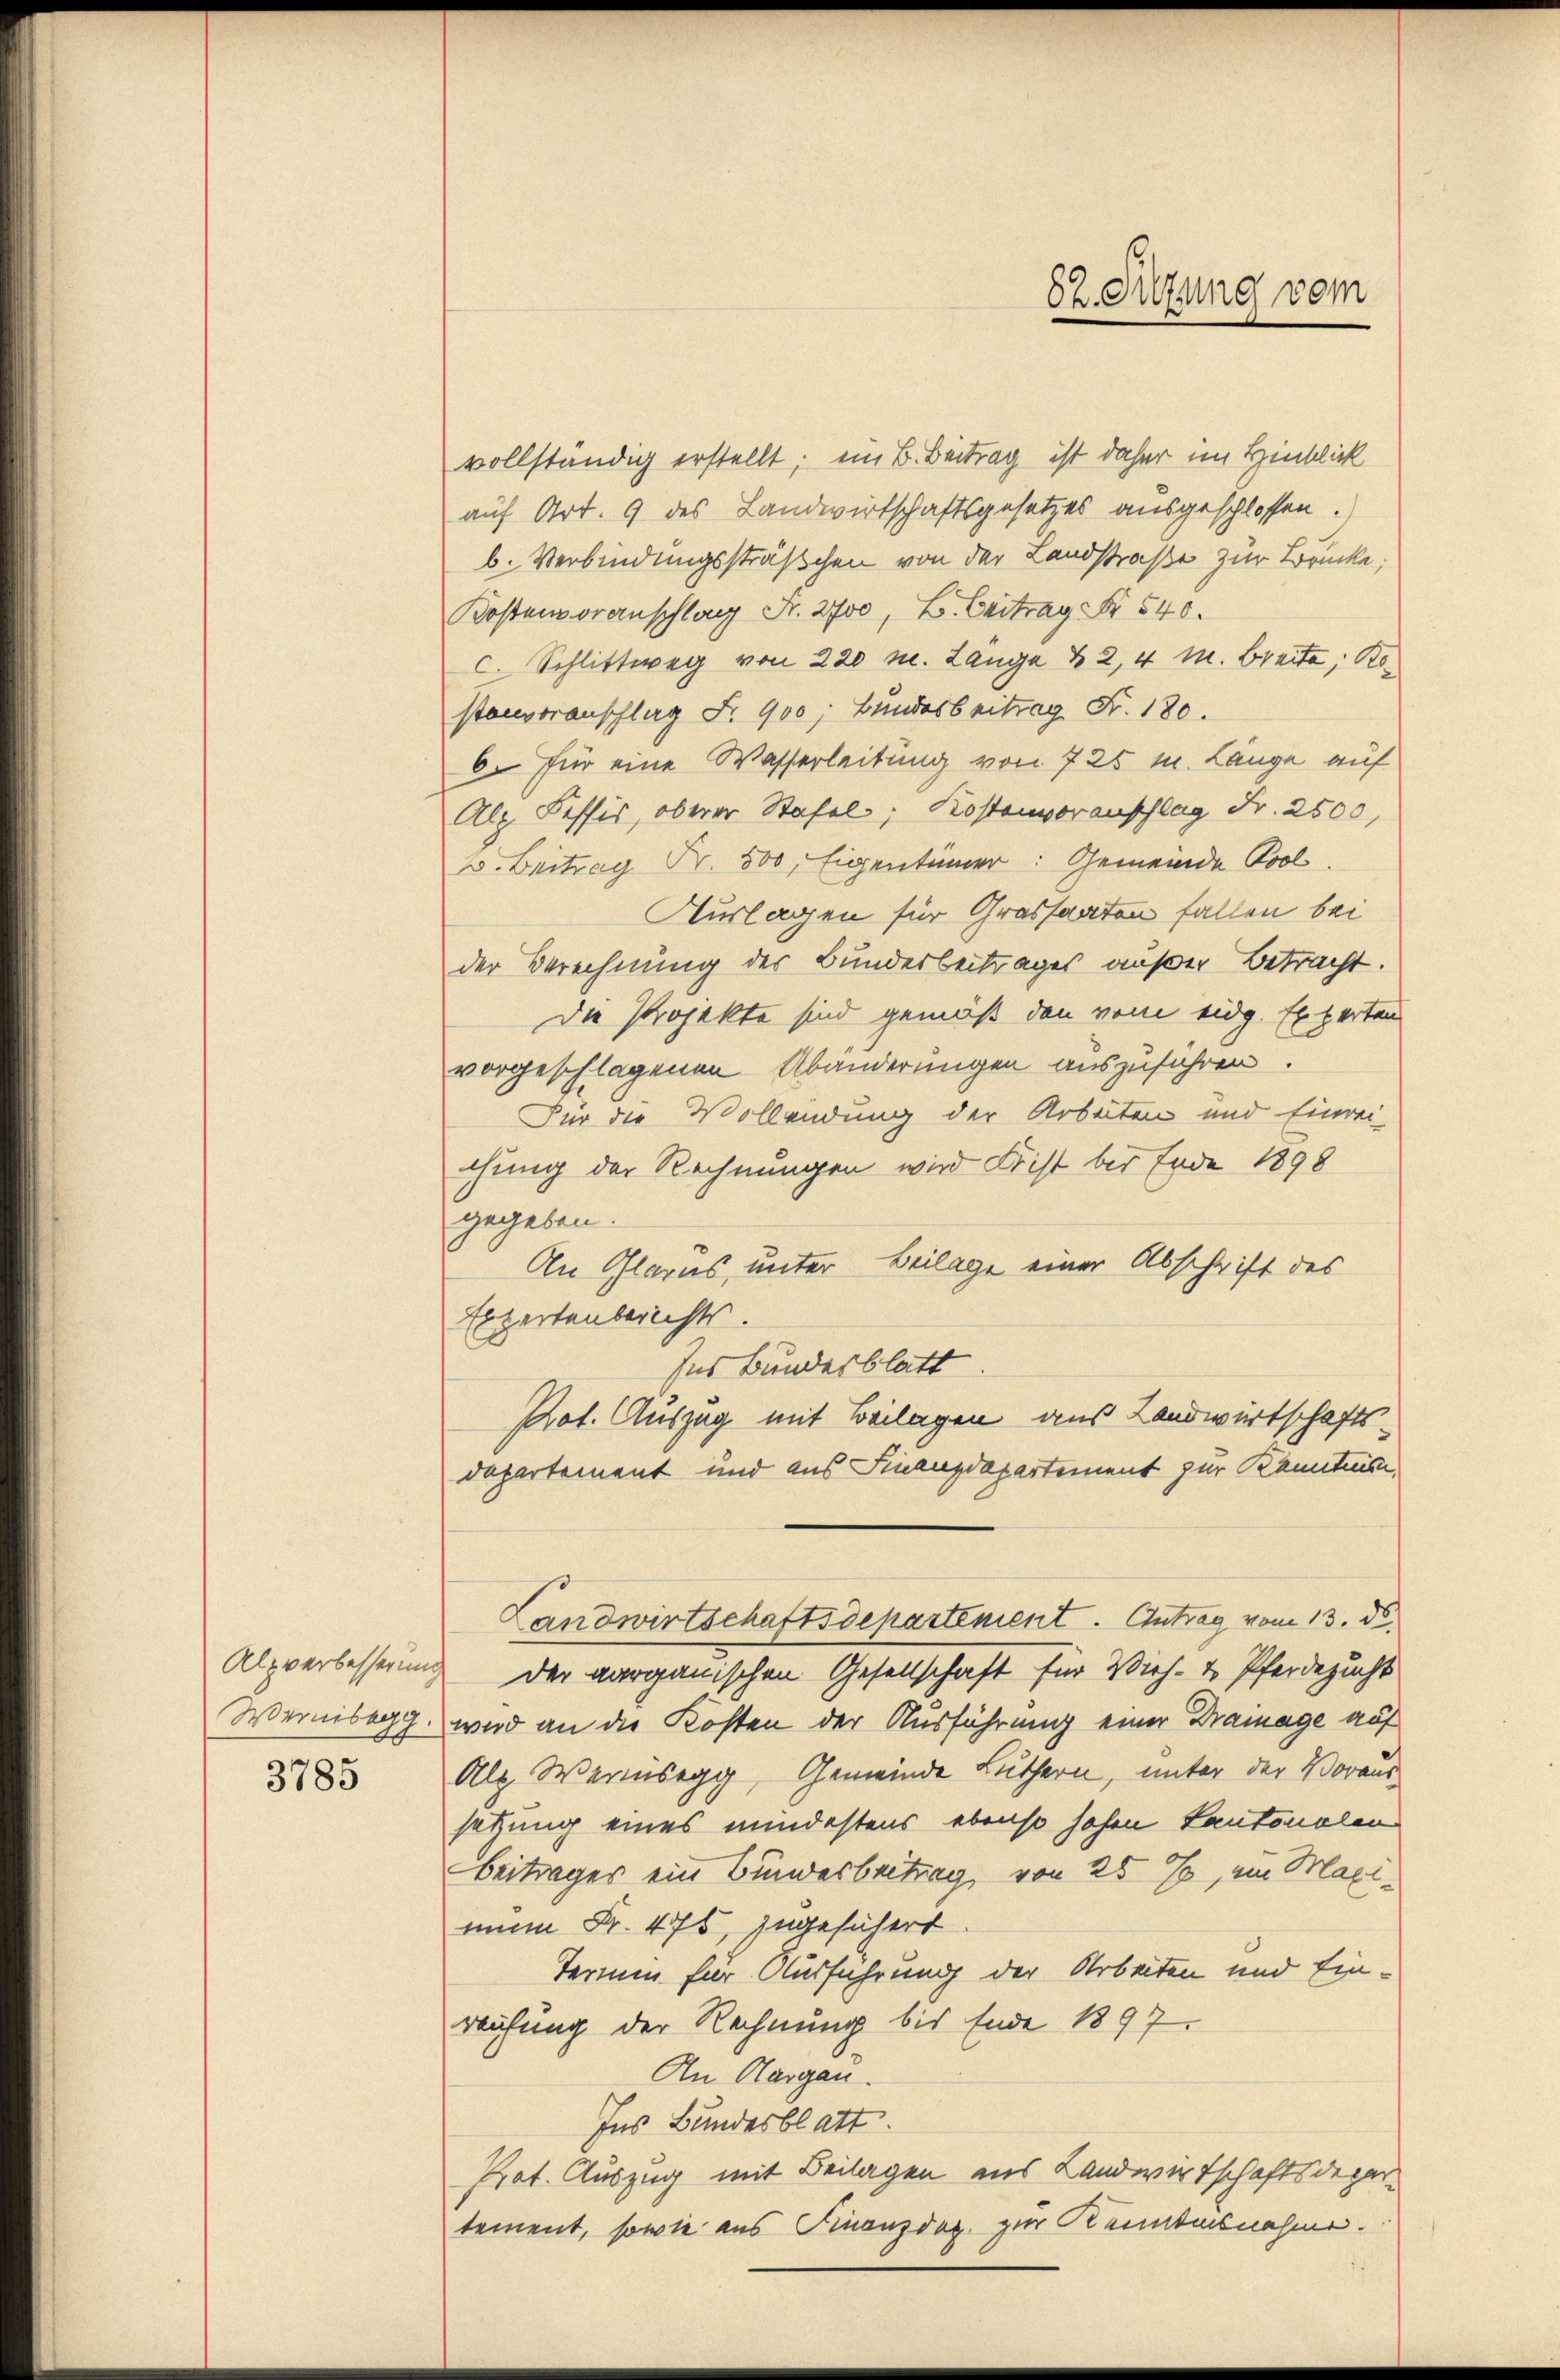
Wernisegg.

3785

82. Sitzung vom

vollständig erstellt; ein B. Beitrag ist daher im Hinblick
auf Art. 9 des Landwirtschaftsgesetzes ausgeschlossen.
b. Verbindungssträßchen von der Landstraße zur Brücke;
Kostenvoranschlag Fr. 2700, B. Beitrag Fr. 540.
c. Schlittweg von 220 m. Länge & 2, 4 M. Breite; Kostenvoranschlag Fr. 900, Bundesbeitrag Fr. 180.
6. für eine Wasserleitung von 7 25 m. Länge auf
Alp Feffis, oberer Stafel; Kostenvoranschlag Fr. 2500,
v. Beitrag Fr. 500. Eigentümer: Gemeinde Pool,
Auslagen für Grossarten fallen bei
der Berechnung der Bundesbeitrages außer Betracht.
Die Projekte sind gemäß den vom eidg. Experten
vorgeschlagenen Abänderungen auszuführen.
Für die Vollendung der Arbeiten und Einrei-
chung der Rechnungen wird Frist bis Ende 1898
gegeben.
An Glarus, unter Beilage einer Abschrift des
Expertenberichts.
Ins Bundesblatt.
Kot. Auszug mit Beilagen aus Landwirtschaftsdepartement und aus Finanzdepartement zur Kenntnis
Landwirtschaftsdepartement. Antrag vom 13. ds.
Alzverbesserung der aarganischen Gesellschaft für Vieh- & Pferdezucht
wird an die Kosten der Ausführung einer Dramage auf
Alp. Wernsegg, Gemeinde Luthern, unter der Voraus-
setzung eines mindestens ebenso hohen Kantonalen
Beitrages ein Bundesbeitrag, von 25 %, im Maxi-
nem Fr. 475, zugesichert.
Termin für Ausführung der Arbeiten und Einreichung der Rechnung bis Ende 1897.
An Aargau.
Ins Bundesblatt.
Prat. Auszug mit Beilagen aus Landwirtschaftsdepartement, sowie aus Finanzdoz zur Kenntnisnahme.